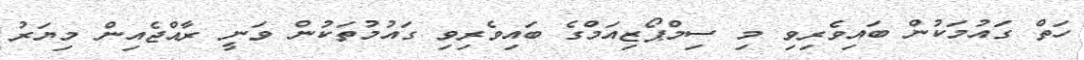
ހަތް ގައުމަކުން ބައިވެރިވި މި ސިމްޕޯޒިއަމްގެ ބައިވެރިވި ގައުމުތަކުން ވަނީ ރާއްޖެއިން މިޔަރު